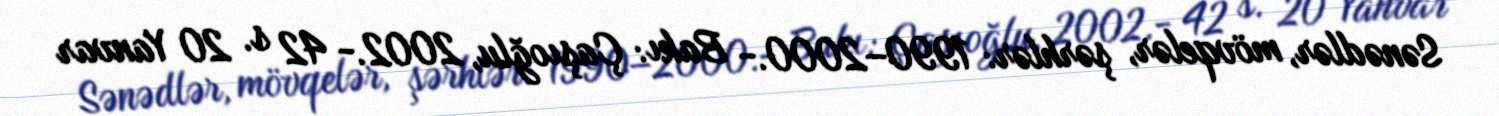
Sənədlər, mövqelər, şərhlər: 1990–2000.- Bakı: Çaşıoğlu, 2002.- 42 s. 20 Yanvar